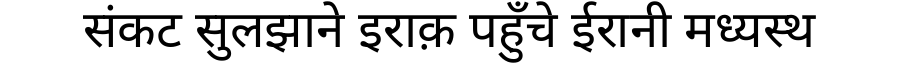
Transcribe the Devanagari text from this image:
संकट सुलझाने इराक़ पहुँचे ईरानी मध्यस्थ